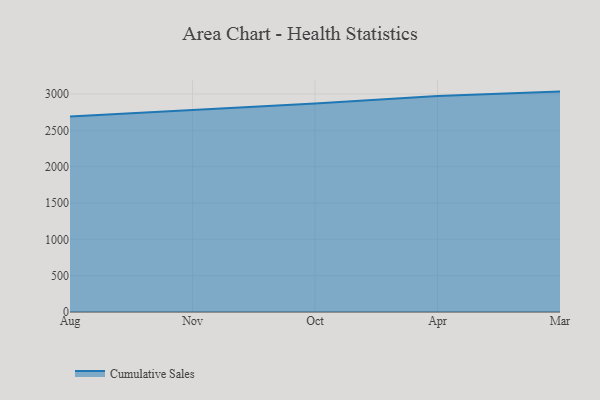
{"axis": {"x": "Month", "y": "Market Share (%)"}, "legend": ["Cumulative Sales"], "data": [{"x": "Aug", "y": 2691.3, "type": "Cumulative Sales"}, {"x": "Nov", "y": 2774.8, "type": "Cumulative Sales"}, {"x": "Oct", "y": 2868.3, "type": "Cumulative Sales"}, {"x": "Apr", "y": 2974.1, "type": "Cumulative Sales"}, {"x": "Mar", "y": 3033.4, "type": "Cumulative Sales"}]}